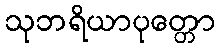
သုဘရိယာပုတ္တော